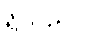
ရှိသည်။